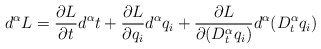
\begin{align*}d^{\alpha}L=\frac{\partial L}{\partial t}d^{\alpha}t+\frac{\partial L}{\partial q_{i}}d^{\alpha}q_{i}+\frac{\partial L}{\partial(D_{t}^{\alpha}q_{i})}d^{\alpha}(D_{t}^{\alpha}q_{i})\end{align*}